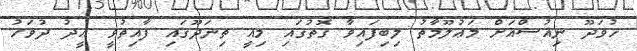
ހުވަދޫ ނިއުސްއަށް މަޢުލޫމާތު ލިބިފައިވާ ގޮތުގައި މިއީ ތިނަދޫގައި ފާއިތުވީ ޢީދު ދުވަހު